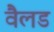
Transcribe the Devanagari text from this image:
वैलड